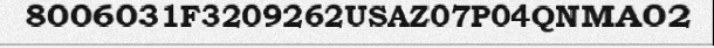
8006031F3209262USAZ07P04QNMA02